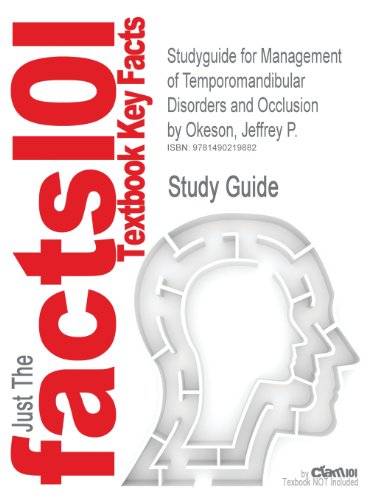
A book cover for Studyguide for Management of Temporomandibular Disorders and Occlusion by Okeson, Jeffrey P.; Cram101 Textbook Reviews; Medical Books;